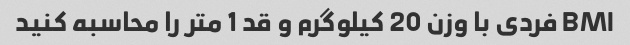
BMI فردی با وزن 20 کیلوگرم و قد 1 متر را محاسبه کنید